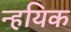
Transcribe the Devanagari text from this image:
न्हयिक